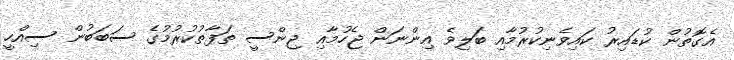
އެގޮތުން ކުޑައިރު ކައިވެނިކުރުމާއި ބަލިވެ އިންނަން ޖެހުމާއި ޖިންސީ ތަފާތުކުރުމުގެ ސަބަބުން ސިއްހީ